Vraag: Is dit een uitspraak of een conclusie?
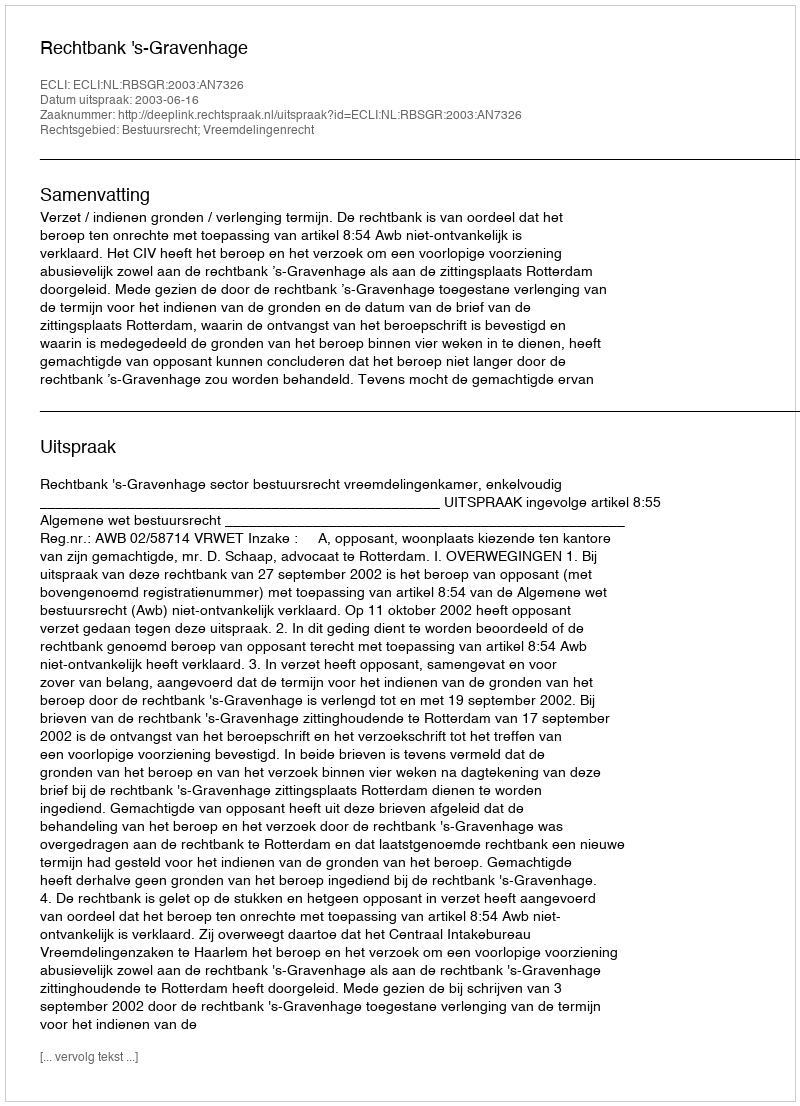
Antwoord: Uitspraak